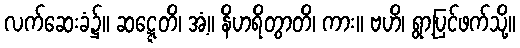
လက်ဆေးခံ၌။ ဆဋ္ဋေတိ၊ အံ့။ နိဟရိတွာတိ၊ ကား။ ဗဟိ၊ ရွာ့ပြင်ဖက်သို့။